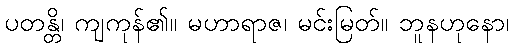
ပတန္တိ၊ ကျကုန်၏။ မဟာရာဇ၊ မင်းမြတ်။ ဘူနဟုနော၊